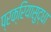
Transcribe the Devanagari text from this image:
प्रक्रियासुद्धा